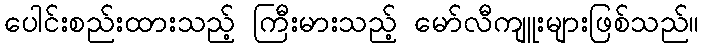
ပေါင်းစည်းထားသည့် ကြီးမားသည့် မော်လီကျူးများဖြစ်သည်။